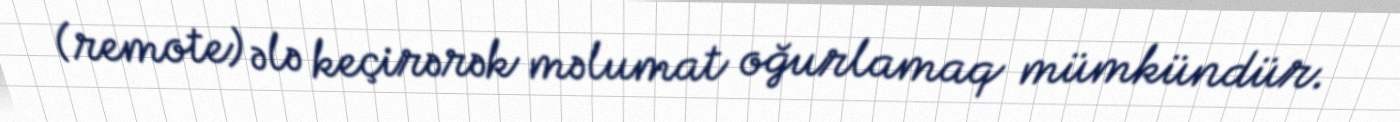
(remote) ələ keçirərək məlumat oğurlamaq mümkündür.